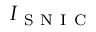
I _ { \mathrm { ~ S ~ N ~ I ~ C ~ } }